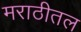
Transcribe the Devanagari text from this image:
मराठीतल